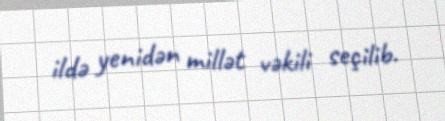
ildə yenidən millət vəkili seçilib.